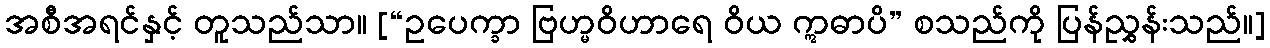
အစီအရင်နှင့် တူသည်သာ။ [“ဥပေက္ခာ ဗြဟ္မဝိဟာရေ ဝိယ ဣဓာပိ” စသည်ကို ပြန်ညွှန်းသည်။]